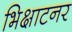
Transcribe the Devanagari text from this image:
भिक्षाटनर